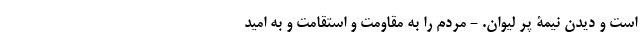
است و دیدن نیمۀ پُر لیوان. - مردم را به مقاومت و استقامت و به امید